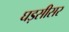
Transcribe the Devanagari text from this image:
घड़सीसर